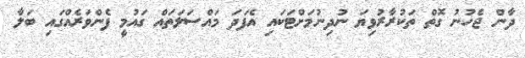
ދާން ޖެހުނު ގޮތް ތަކުރާރުވިޔަ ނުދިނުމަށްޓަކައި އެފަދަ މައްސަލަތައް ގައުމީ ފެންވަރެއްގައި ބަލާ